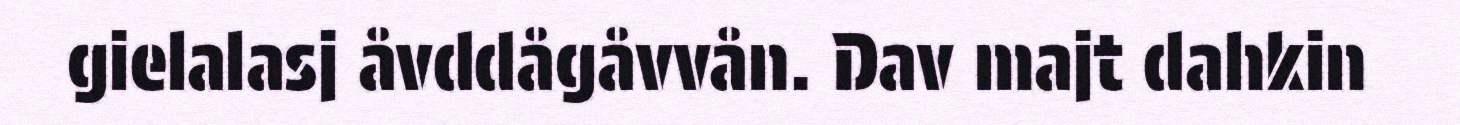
gielalasj åvddågåvvån. Dav majt dahkin